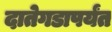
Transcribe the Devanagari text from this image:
दातेगडापर्यंत